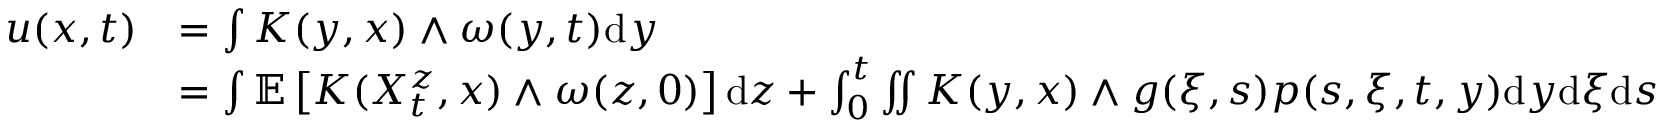
\begin{array} { r l } { u ( x , t ) } & { = \int K ( y , x ) \wedge \omega ( y , t ) \mathrm { d } y } \\ & { = \int \mathbb { E } \left[ K ( X _ { t } ^ { z } , x ) \wedge \omega ( z , 0 ) \right] \mathrm { d } z + \int _ { 0 } ^ { t } \iint K ( y , x ) \wedge g ( \xi , s ) p ( s , \xi , t , y ) \mathrm { d } y \mathrm { d } \xi \mathrm { d } s } \end{array}